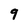
Character: 9